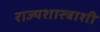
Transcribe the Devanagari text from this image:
राज्यशास्त्राशी